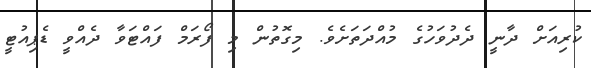
ކުރިއަށް ދާނީ ދެދުވަހުގެ މުއްދަތަށެވެ. މިގޮތުން މި ފޯރަމް ފައްޓަވާ ދެއްވީ ޑެޕިއުޓީ